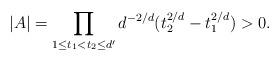
LaTeX: \begin{align*}|A| = \prod_{1 \leq t_1 < t_2 \leq d'} d^{-2/d}(t_2^{2/d}-t_1^{2/d}) >0.\end{align*}